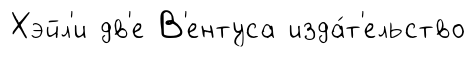
Хэйл'и дв'е В'ентуса изда́т'ельство